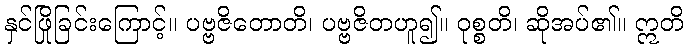
နှင်ဖြိုခြင်းကြောင့်။ ပဗ္ဗဇိတောတိ၊ ပဗ္ဗဇိတဟူ၍။ ဝုစ္စတိ၊ ဆိုအပ်၏။ ဣတိ